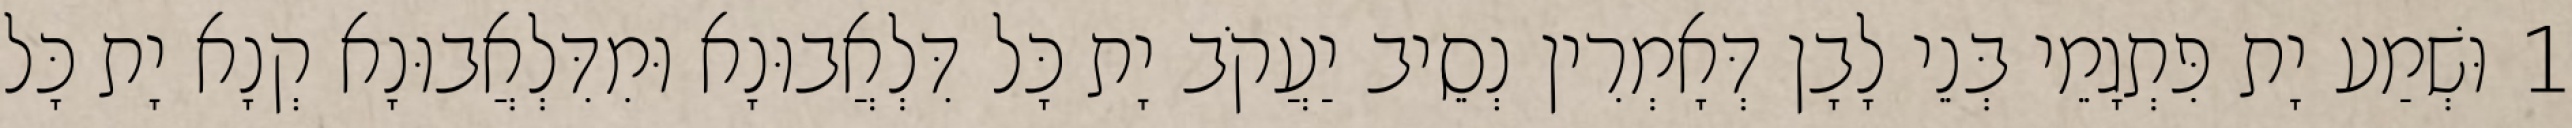
1 וּשְׁמַע יָת פִּתְגָמֵי בְּנֵי לָבָן דְּאָמְרִין נְסֵיב יַעֲקֹב יָת כָּל דִּלְאֲבוּנָא וּמִדִּלְאֲבוּנָא קְנָא יָת כָּל